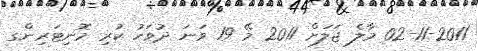
02-11-2011 މާލެ ޖަލަށް 2011 މޭ 19 ވަނަ ދުވަހު ކުރި މޮނިޓަރިންގ